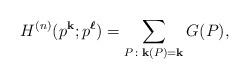
LaTeX: \begin{align*}H^{(n)}(p^{\mathbf{k}}; p^{\boldsymbol{\ell}}) = \sum_{P \colon \mathbf{k}(P) = \mathbf{k}} G (P),\end{align*}